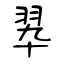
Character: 翆